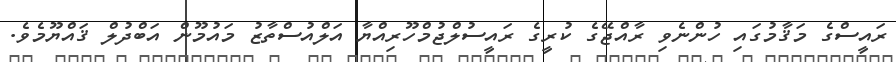
ރައީސްގެ މަޤާމުގައި ހުންނެވި ރާއްޖޭގެ ކުރީގެ ރައީސުލްޖުމްހޫރިއްޔާ އަލްއުސްތާޒު މައުމޫން އަބްދުލް ޤައްޔޫމެވެ.